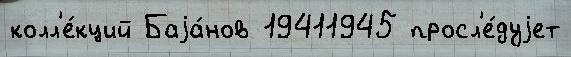
колл'е́кций Баjа́нов 19411945 просл'е́дуjет